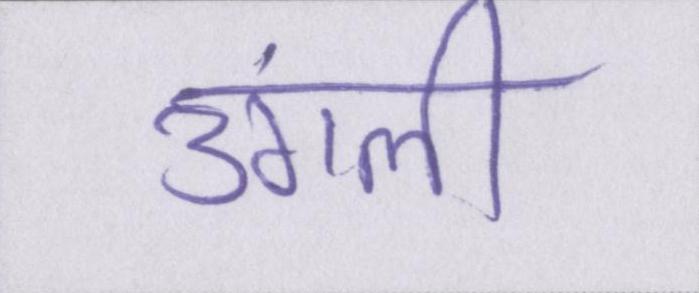
उंगली